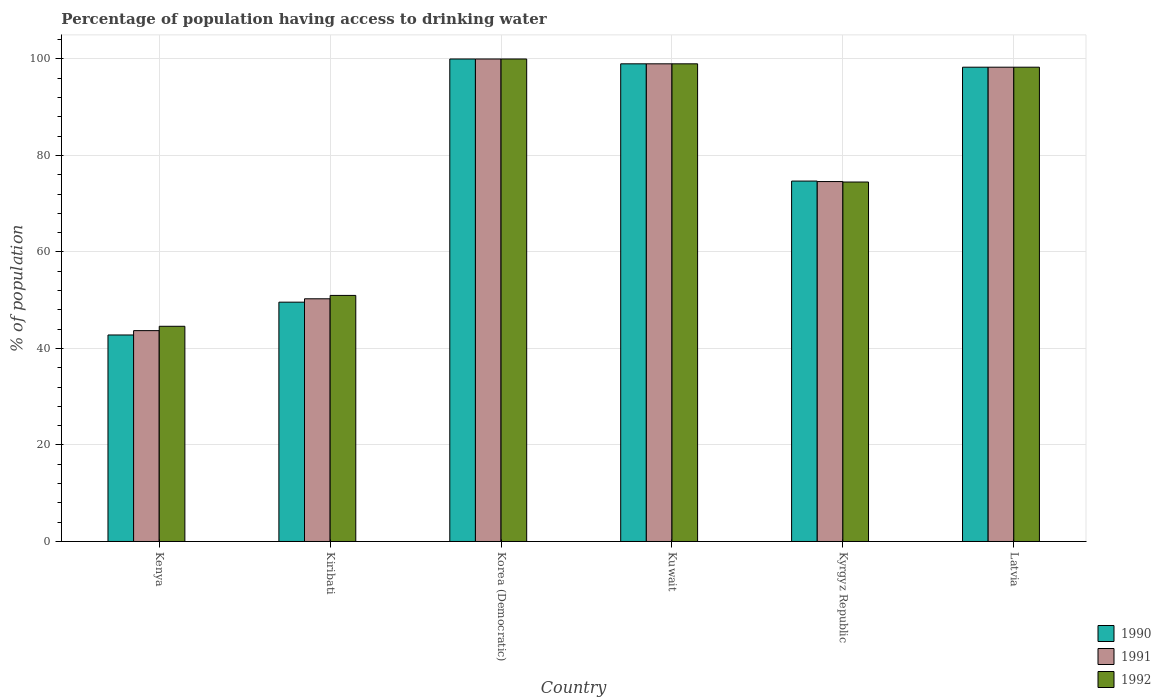
| Country | 1990 | 1991 | 1992 |
 | --- | --- | --- | --- |
 | Kenya | 42.8 | 43.7 | 44.6 |
 | Kiribati | 49.6 | 50.3 | 51 |
 | Korea (Democratic) | 100 | 100 | 100 |
 | Kuwait | 99 | 99 | 99 |
 | Kyrgyz Republic | 74.7 | 74.6 | 74.5 |
 | Latvia | 98.3 | 98.3 | 98.3 |